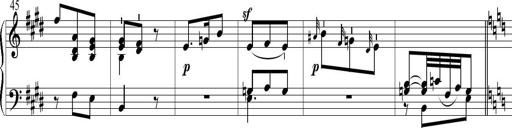
Title: 6 Leichte Sonatinen, Teil 1
Composer: F. Sigismund Sander